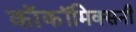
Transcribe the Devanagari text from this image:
काॅकॉमिक्सनी